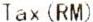
TAX (RM)